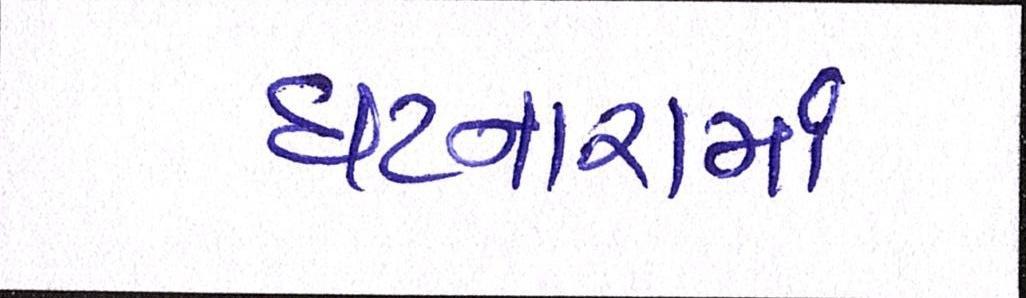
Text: ઘટનારામાં